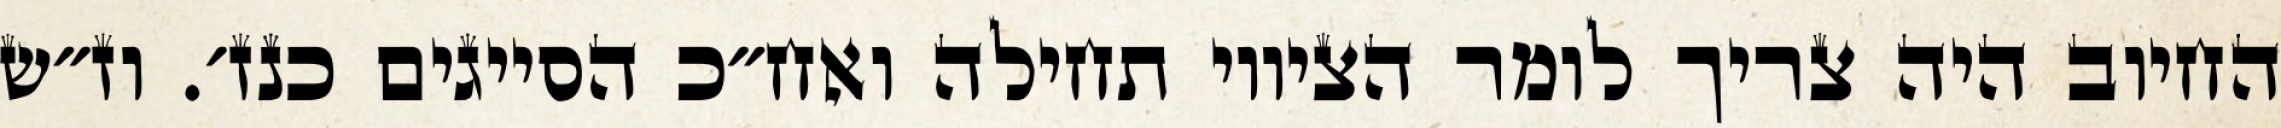
החיוב היה צריך לומר הציווי תחילה ואח״כ הסייגים כנז׳. וז״ש